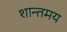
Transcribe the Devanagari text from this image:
शान्तमय